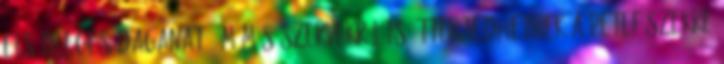
elsődleges daganat, ám más szervekről is átterjedhetnek a petefészekre